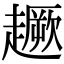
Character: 𧽸